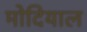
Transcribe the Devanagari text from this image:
मोदियाल